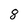
Character: 8